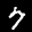
Label: 7